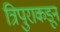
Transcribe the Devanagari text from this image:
त्रिपुराकडून